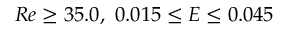
R e \ge 3 5 . 0 , \, \, 0 . 0 1 5 \le E \le 0 . 0 4 5